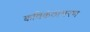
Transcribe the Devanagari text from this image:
कविकंठाभरण